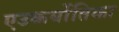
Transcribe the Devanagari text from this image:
एउकर्योतिका